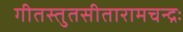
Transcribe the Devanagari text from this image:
गीतस्तुतसीतारामचन्द्रः